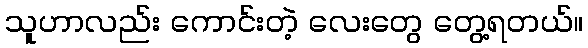
သူဟာလည်း ကောင်းတဲ့ လေးတွေ တွေ့ရတယ်။